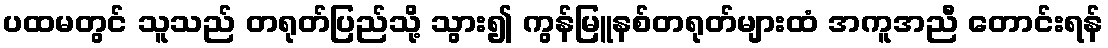
ပထမတွင် သူသည် တရုတ်ပြည်သို့ သွား၍ ကွန်မြူနစ်တရုတ်များထံ အကူအညီ တောင်းရန်